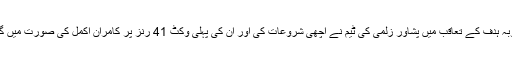
مطلوبہ ہدف کے تعاقب میں پشاور زلمی کی ٹیم نے اچھی شروعات کی اور ان کی پہلی وکٹ 41 رنز پر کامران اکمل کی صورت میں گری۔